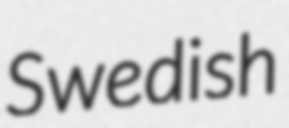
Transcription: Swedish